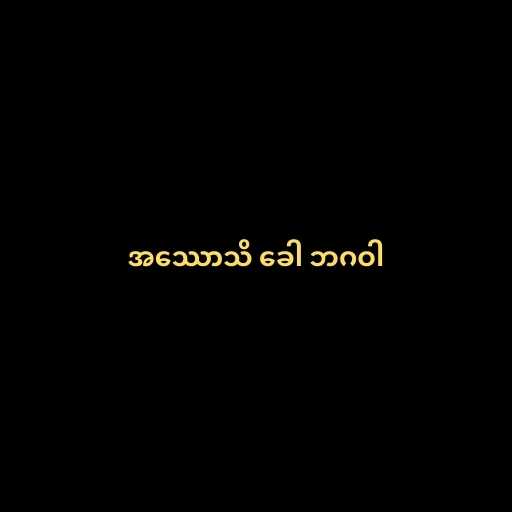
အဿောသိ ခေါ ဘဂဝါ